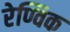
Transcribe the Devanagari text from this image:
रेण्विक